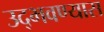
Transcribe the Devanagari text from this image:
उद्भवण्यास